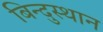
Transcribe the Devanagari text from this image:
बिन्दुस्थान